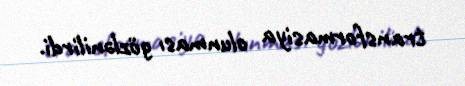
transformasiya olunması gözlənilirdi.